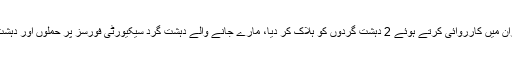
21 نومبر2017ء) ایف سی نے مکران میں کارروائی کرتے ہوئے 2 دہشت گردوں کو ہلاک کر دیا، مارے جانے والے دہشت گرد سیکیورٹی فورسز پر حملوں اور دہشت گردی کے واقعات میں ملوث تھے۔